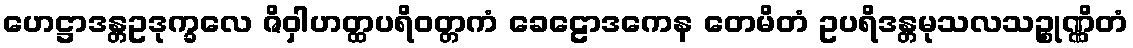
ဟေဋ္ဌာဒန္တဥဒုက္ခလေ ဇိဝှါဟတ္ထပရိဝတ္တကံ ခေဠောဒကေန တေမိတံ ဥပရိဒန္တမုသလသဉ္စုဏ္ဏိတံ